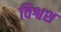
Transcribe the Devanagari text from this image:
विश्वश